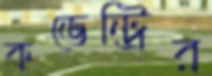
কভেন্ট্রির